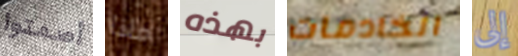
أصمتوا ماذا بهذه الخادمات إلى